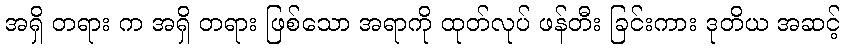
အရှိ တရား က အရှိ တရား ဖြစ်သော အရာကို ထုတ်လုပ် ဖန်တီး ခြင်းကား ဒုတိယ အဆင့်